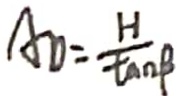
A D = \frac { H } { \tan \beta }